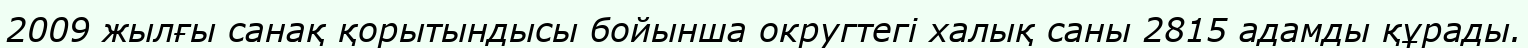
2009 жылғы санақ қорытындысы бойынша округтегі халық саны 2815 адамды құрады.